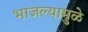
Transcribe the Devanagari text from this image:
भाजल्यामुळे